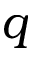
q